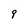
Character: q